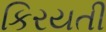
કિરયતી